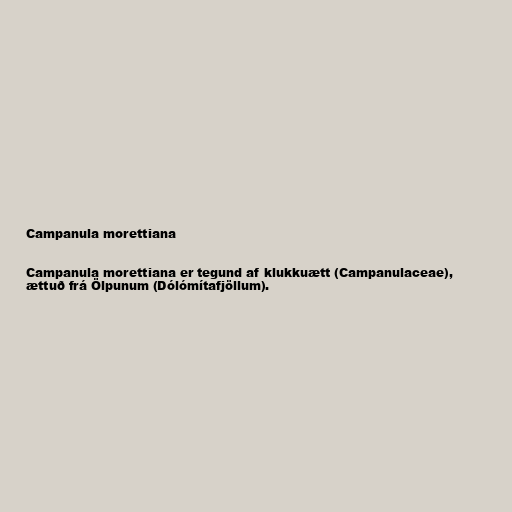
Campanula morettiana

Campanula morettiana er tegund af klukkuætt (Campanulaceae),
ættuð frá Ölpunum (Dólómítafjöllum).